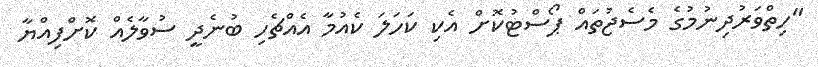
"ހިތްވަރުދިނުމުގެ މެސެޖުތައް ޕޯސްޓުކޮށް އެކި ކަހަލަ ކެއުމާ އެއްޗެހި ބުނެދީ ސުވާލެއް ކޮށްފިއްޔާ